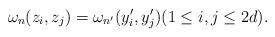
LaTeX: \begin{align*}\omega_{n}(z_i,z_j) = \omega_{n'}(y_i',y_j') (1 \leq i,j \leq 2d).\end{align*}